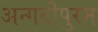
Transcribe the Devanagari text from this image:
अन्गदीपुरम